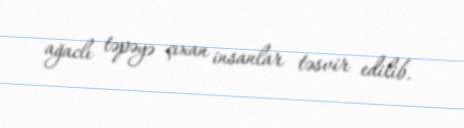
ağaclı təpəyə çıxan insanlar təsvir edilib.